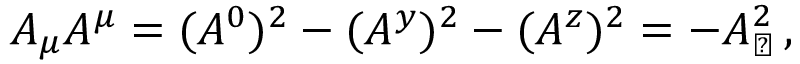
A _ { \mu } A ^ { \mu } = ( A ^ { 0 } ) ^ { 2 } - ( A ^ { y } ) ^ { 2 } - ( A ^ { z } ) ^ { 2 } = - A _ { \perp } ^ { 2 } \, ,